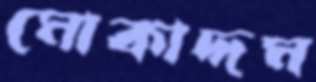
মোকাদ্দম